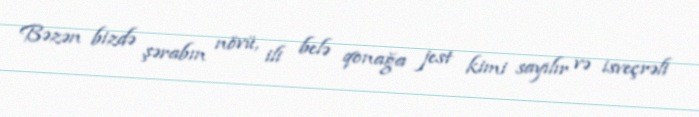
Bəzən bizdə şərabın növü, ili belə qonağa jest kimi sayılır və isveçrəli